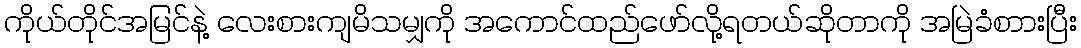
ကိုယ်တိုင်အမြင်နဲ့ လေးစားကျမိသမျှကို အကောင်ထည်ဖော်လို့ရတယ်ဆိုတာကို အမြဲခံစာားပြီး